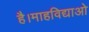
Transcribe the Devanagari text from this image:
है।माहविद्याओ